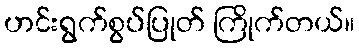
ဟင်းရွက်စွပ်ပြုတ် ကြိုက်တယ်။